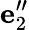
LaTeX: {\mathbf e}_{2}^{\prime\prime}